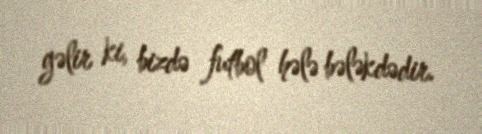
gəlir ki, bizdə futbol hələ bələkdədir.